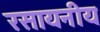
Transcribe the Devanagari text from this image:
रसायनीय